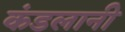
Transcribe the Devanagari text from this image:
कंडलानी